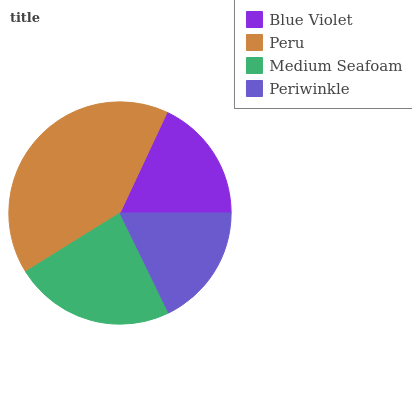
| Blue Violet | Peru | Medium Seafoam | Periwinkle |
 | --- | --- | --- | --- |
 | 18% | 40.9% | 23.4% | 17.8% |